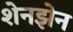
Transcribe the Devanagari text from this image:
शेनझेन